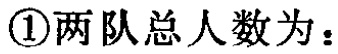
\textcircled{1}两队总人数为：